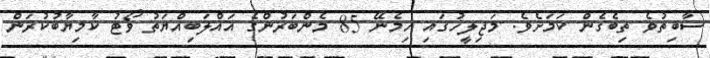
ސާބިތުވެ ތިބެގެން ކަމަށެވެ. މަޖިލީހުގައި ހިމެނޭ 85 މެންބަރުންގެ އަޣްލަބިއްޔަތު ވޯޓު ކާމިޔާބުކުރަން